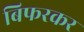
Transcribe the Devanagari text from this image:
बिफरकर